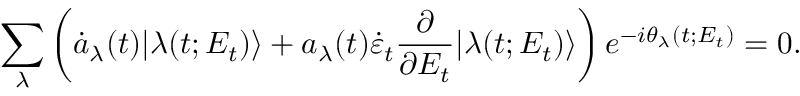
\sum _ { \lambda } \left( \dot { a } _ { \lambda } ( t ) | \lambda ( t ; E _ { t } ) \rangle + a _ { \lambda } ( t ) \dot { \varepsilon } _ { t } \frac { \partial } { \partial E _ { t } } | \lambda ( t ; E _ { t } ) \rangle \right) e ^ { - i \theta _ { \lambda } ( t ; E _ { t } ) } = 0 .